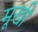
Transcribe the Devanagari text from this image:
मूखी